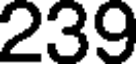
239